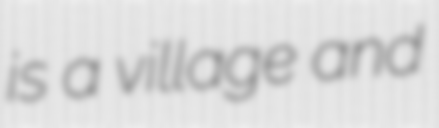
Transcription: is a village and